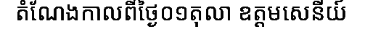
តំណែងកាលពីថ្ងៃ០១តុលា ឧត្តមសេនីយ៍